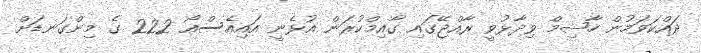
ދައްކަވަމުން ހާޝިމް ވިދާޅުވީ ރާއްޖޭގައި ގާއިމްްކުރަން އުޅެނީ އައިއެސްއޯ 222 ގެ މިންގަނޑަށް